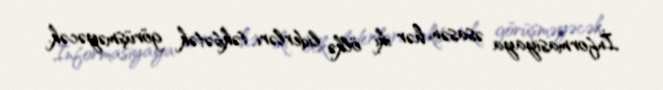
İnformasiyaya əsasən, hər iki ölkə liderləri təkbətək görüşməyəcək.